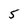
Character: 5